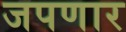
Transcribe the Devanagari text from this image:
जपणार